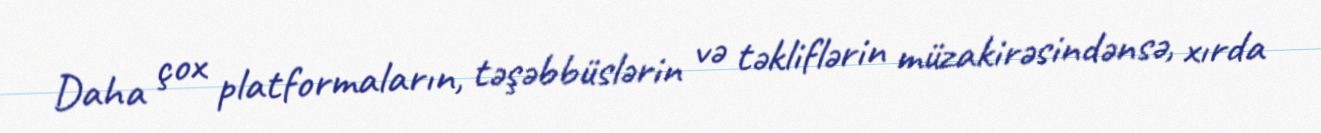
Daha çox platformaların, təşəbbüslərin və təkliflərin müzakirəsindənsə, xırda